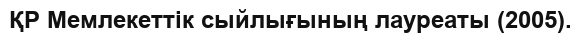
ҚР Мемлекеттік сыйлығының лауреаты (2005).